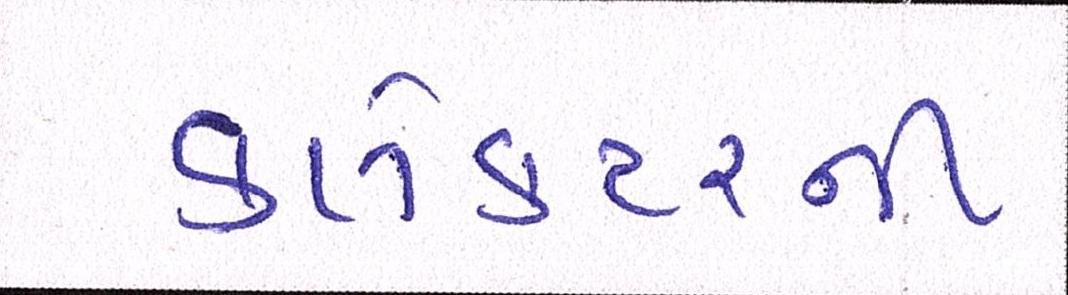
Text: કલેક્ટરની